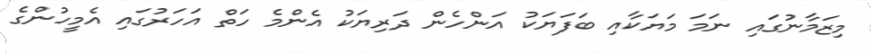
މިޒަމާނުގައި ނަމަ މަޔަކާއި ބަފަޔަކު އަންހެން ދަރިޔަކު އެންމެ ހަތް އަހަރުގައި އެމީހުންގެ